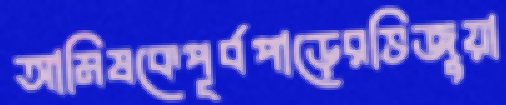
আমিষকেপূর্বপাড়েরভিজুয়া